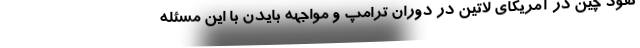
نفوذ چین در آمریکای لاتین در دوران ترامپ و مواجهه بایدن با این مسئله